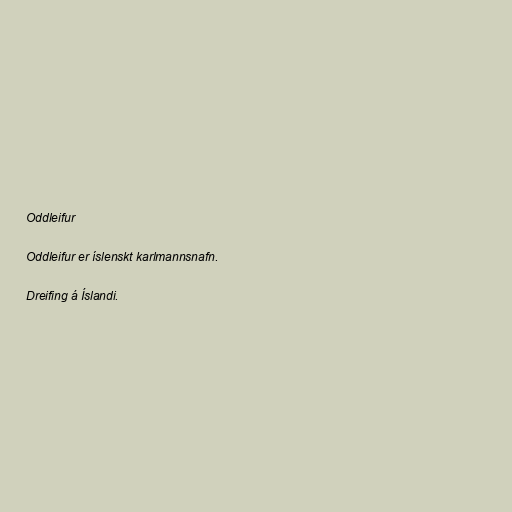
Oddleifur

Oddleifur er íslenskt karlmannsnafn.

Dreifing á Íslandi.